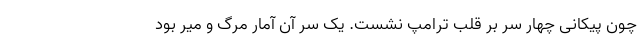
چون پیکانی چهار سر بر قلب ترامپ نشست. یک سرِ آن آمار مرگ و میر بود